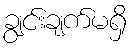
ချွင်းချက်မရှိ